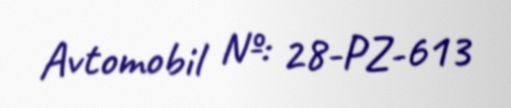
Avtomobil №: 28-PZ-613